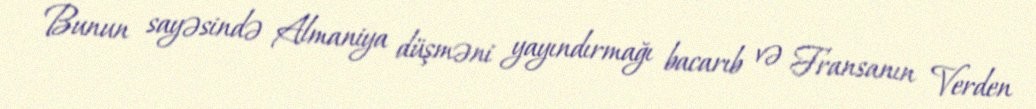
Bunun sayəsində Almaniya düşməni yayındırmağı bacarıb və Fransanın Verden